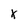
Character: X